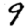
Digit: 9